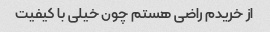
از خریدم راضی هستم چون خیلی با کیفیت